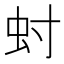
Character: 䖞